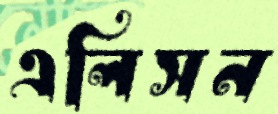
এলিসন